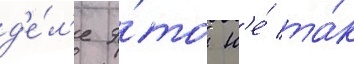
д'е́л'е э́то н'е́ та́к